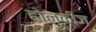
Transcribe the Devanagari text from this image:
होन्कीज